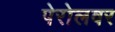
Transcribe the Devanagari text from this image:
पेरोलवर